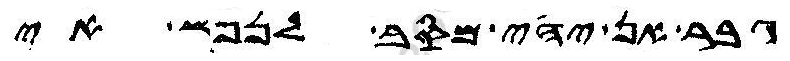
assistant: גבר אן יהי מסב לנפש אי